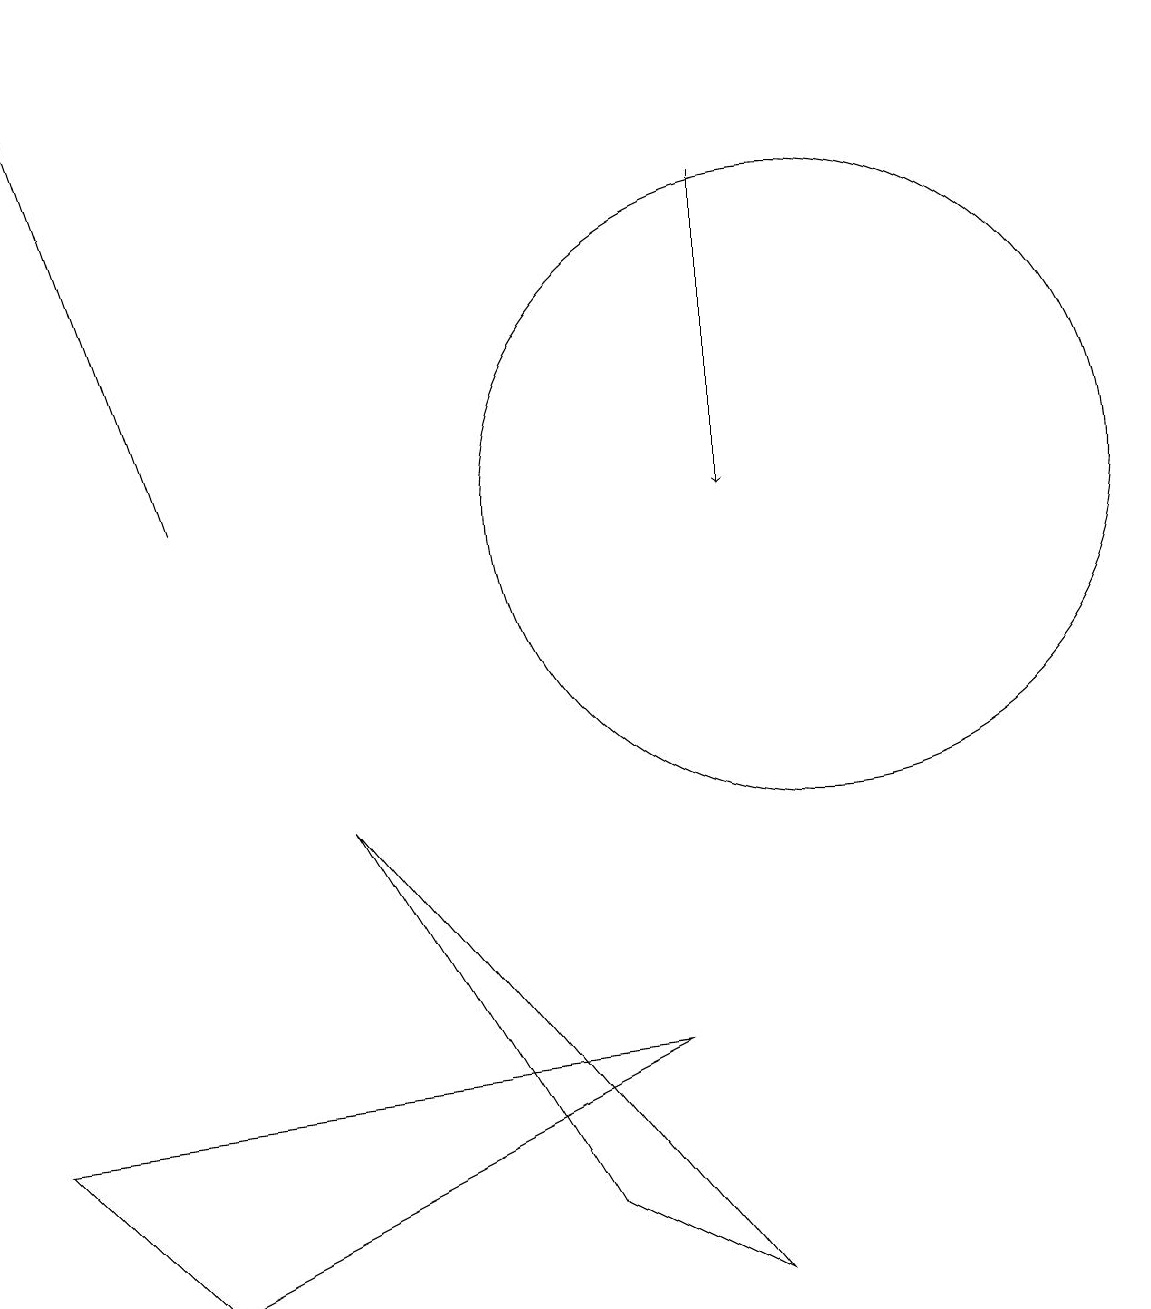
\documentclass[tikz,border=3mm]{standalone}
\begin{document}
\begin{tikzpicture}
\draw (8,4) -- (2,1) -- (0,3) -- cycle;
\draw (4,7) -- (7,2) -- (9,1) -- cycle;
\draw[->] (2,11) -- (0,17);
\draw (10,11) circle (4);
\draw[->] (9,15) -- (9,11);
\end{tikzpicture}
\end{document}